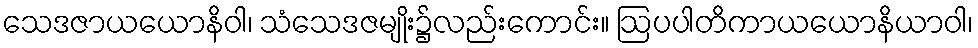
သေဒဇာယယောနိဝါ၊ သံသေဒဇမျိုး၌လည်းကောင်း။ ဩပပါတိကာယယောနိယာဝါ၊